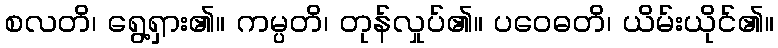
စလတိ၊ ရွေ့ရှား၏။ ကမ္ပတိ၊ တုန်လှုပ်၏။ ပဝေဓတိ၊ ယိမ်းယိုင်၏။